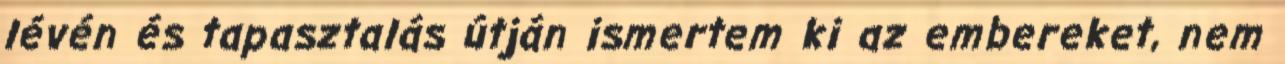
lévén és tapasztalás útján ismertem ki az embereket, nem